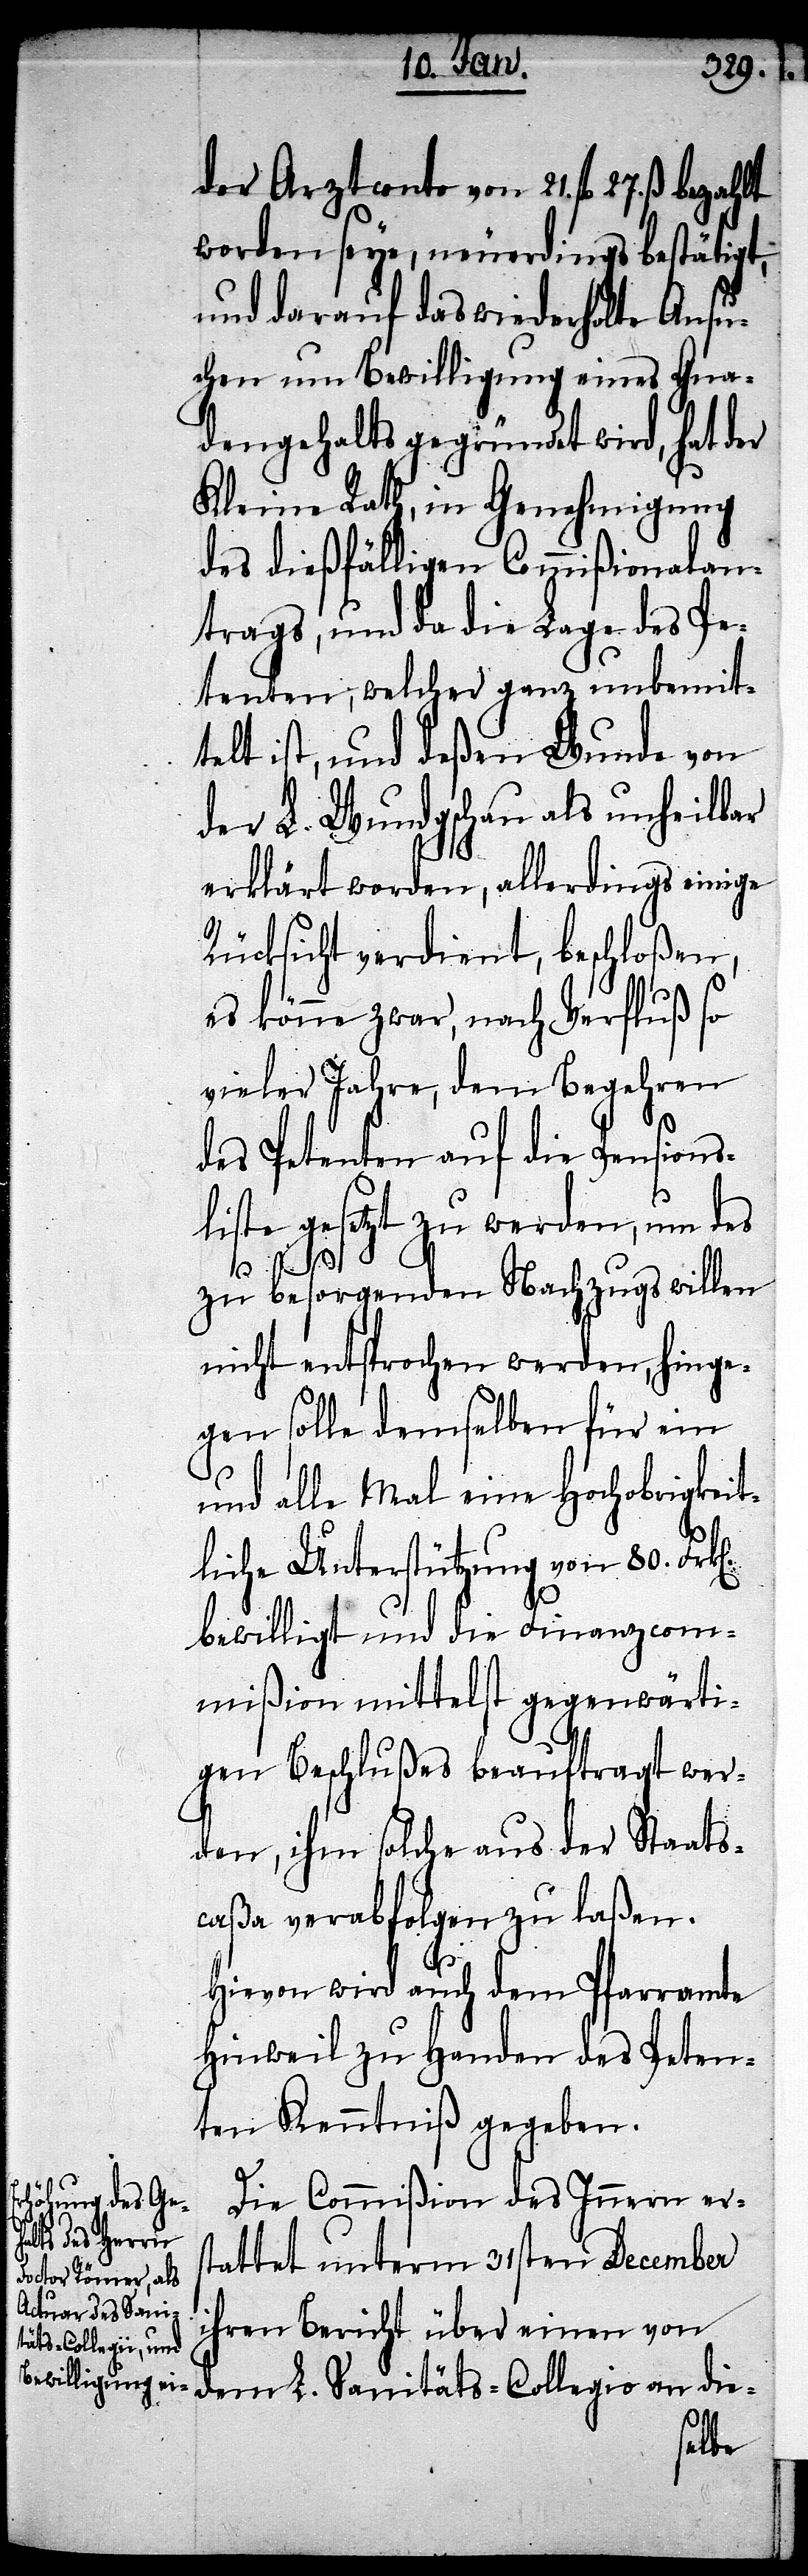
der Arztconto von 21. fl.
worden seye, neuerdings bestätigt,
und darauf das wiederholte Ansu¬
chen um Bewilligung eines Gna¬
dengehaltes gegründet wird, hat der
Kleine Rath, in Genehmigung
des dießfälligen Commißionalan¬
trags, und da die Lage des Pe¬
tenten, welcher ganz unbemit¬
telt ist, und deßen Wunde von
der L. Wundgschau als unheilbar
erklärt worden, allerdings einige
Rücksicht verdient, beschloßen,
es könne zwar, nach Verfluß so
vieler Jahre, dem Begehren
des Petenten auf die Pensions¬
liste gesetzt zu werden, um des
zu besorgenden Nachzugs willen
nicht entsprochen werden, hinge¬
gen solle demselben für ein
und alle Mal eine Hochobrigkeit¬
liche Unterstützung von 80.
bewilligt und die Finanzcom¬
mißion mittelst gegenwärti¬
gen Beschlußes beauftragt wer¬
den, ihm solche aus der Staats¬
caßa verabfolgen zu laßen.
Hievon wird auch dem Pfarramte
Hinweil zu Handen des Peten¬
ten Kenntniß gegeben.
Die Commißion des Innern ers¬
tattet unterm 31sten December
ihren Bericht über einen von
dem L. Sanitäts-Collegio an die-